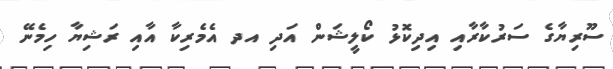
ސޫރިޔާގެ ސަރުކާރާއި އިދިކޮޅު ކޯލީޝަން އަދި އދ އެމެރިކާ އާއި ރަޝިޔާ ހިމެނޭ